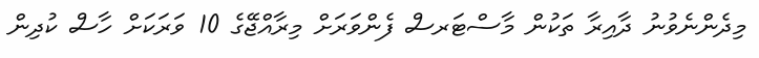
މިދެންނެވުނު ދާއިރާ ތަކުން މާސްޓަރސް ފެންވަރަށް މިރާއްޖޭގެ 10 ވަރަކަށް ހާސް ކުދިން